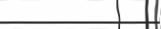
١٤٢